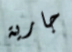
جارية